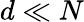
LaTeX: d\ll N